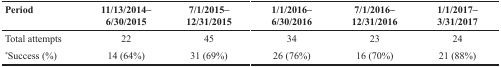
<table><thead><tr><td><b>Period</b></td><td><b>11/13/2014– 6/30/2015</b></td><td><b>7/1/2015– 12/31/2015</b></td><td><b>1/1/2016– 6/30/2016</b></td><td><b>7/1/2016– 12/31/2016</b></td><td><b>1/1/2017– 3/31/2017</b></td></tr></thead><tbody><tr><td>Total attempts</td><td>22</td><td>45</td><td>34</td><td>23</td><td>24</td></tr><tr><td><sup>*</sup>Success (%)</td><td>14 (64%)</td><td>31 (69%)</td><td>26 (76%)</td><td>16 (70%)</td><td>21 (88%)</td></tr></tbody></table>